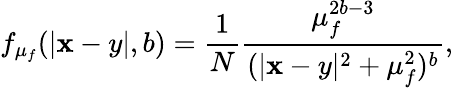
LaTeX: f_{\mu_{f}}(|{\mathbf x-y}|,b)=\frac{1}{N}\frac{\mu_{f}^{2b-3}}{(|{\mathbf x-y}|^{2}+\mu_{f}^{2})^{b}},